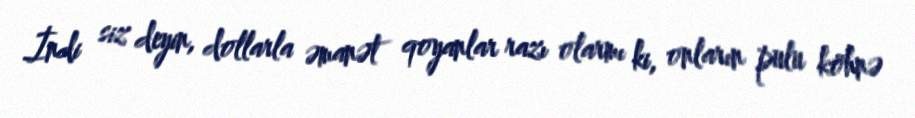
İndi siz deyin, dollarla əmanət qoyanlar razı olarmı ki, onların pulu köhnə